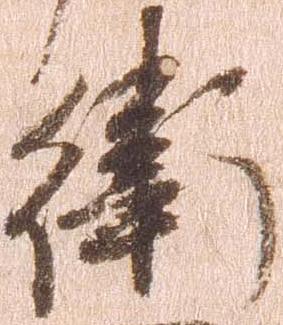
衛